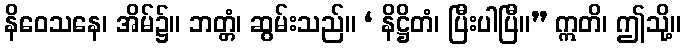
နိဝေသနေ၊ အိမ်၌။ ဘတ္တံ၊ ဆွမ်းသည်။ ‘ နိဋ္ဌိတံ၊ ပြီးပါပြီ။” ဣတိ၊ ဤသို့။